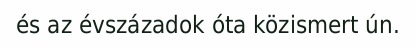
és az évszázadok óta közismert ún.